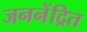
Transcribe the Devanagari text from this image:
जननेंद्रित